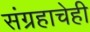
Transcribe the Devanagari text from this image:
संग्रहाचेही